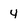
Character: 4